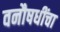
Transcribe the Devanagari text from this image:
वनौषधींचा